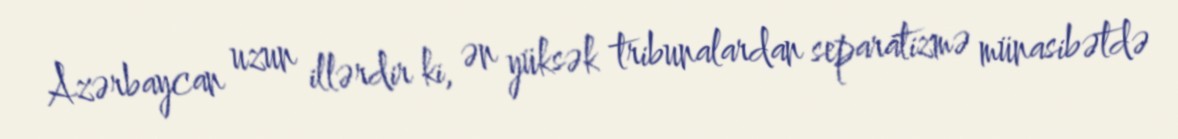
Azərbaycan uzun illərdir ki, ən yüksək tribunalardan separatizmə münasibətdə